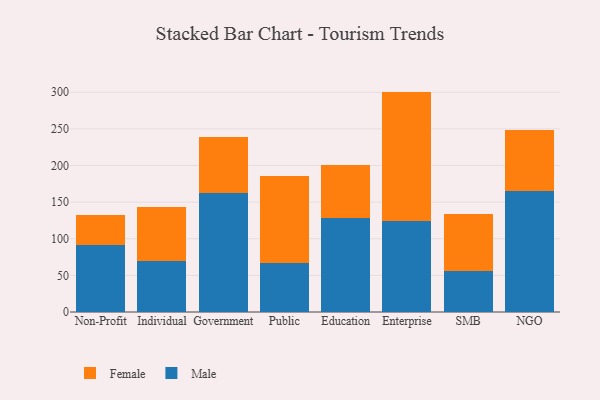
{"axis": {"x": "Segment", "y": "Active Users"}, "legend": ["Female", "Male"], "data": [{"x": "Non-Profit", "y": 91.4, "type": "Male"}, {"x": "Non-Profit", "y": 40.4, "type": "Female"}, {"x": "Individual", "y": 70.0, "type": "Male"}, {"x": "Individual", "y": 73.0, "type": "Female"}, {"x": "Government", "y": 161.9, "type": "Male"}, {"x": "Government", "y": 77.1, "type": "Female"}, {"x": "Public", "y": 67.4, "type": "Male"}, {"x": "Public", "y": 117.9, "type": "Female"}, {"x": "Education", "y": 129.0, "type": "Male"}, {"x": "Education", "y": 72.0, "type": "Female"}, {"x": "Enterprise", "y": 124.8, "type": "Male"}, {"x": "Enterprise", "y": 176.1, "type": "Female"}, {"x": "SMB", "y": 55.5, "type": "Male"}, {"x": "SMB", "y": 78.2, "type": "Female"}, {"x": "NGO", "y": 165.1, "type": "Male"}, {"x": "NGO", "y": 82.9, "type": "Female"}]}